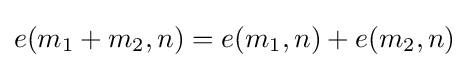
e(m_{1}+m_{2},n)=e(m_{1},n)+e(m_{2},n)